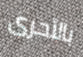
بالأحرى